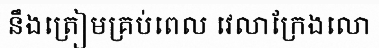
នឹងត្រៀមគ្រប់ពេល វេលាក្រែងលោ